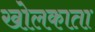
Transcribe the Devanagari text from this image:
खोलकाता